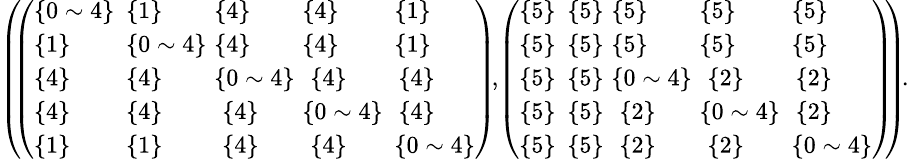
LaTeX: \begin{array}{r}{\small{\left(\! \! \left(\begin{array}{lllll}{\{ 0\sim 4\} \! }&{\! \! \{ 1\} \! \! }&{\! \! \{ 4\} \! \! }&{\! \! \{ 4\} \! \! }&{\! \{ 1\} }\\ {\{ 1\} \! }&{\! \! \{ 0\sim 4\} \! \! }&{\! \! \{ 4\} \! \! }&{\! \! \{ 4\} \! \! }&{\! \{ 1\} }\\ {\{ 4\} \! }&{\! \! \{ 4\} \! \! }&{\! \! \{ 0\sim 4\} \! \! }&{\{ 4\} }&{\{ 4\} }\\ {\{ 4\} \! }&{\! \! \{ 4\} \! \! }&{\{ 4\} }&{\! \! \{ 0\sim 4\} \! \! }&{\{ 4\} }\\ {\{ 1\} \! }&{\! \! \{ 1\} \! \! }&{\{ 4\} }&{\{ 4\} }&{\! \{ 0\sim 4\} }\end{array}\right)\! ,\! \left(\begin{array}{lllll}{\{ 5\} \! }&{\! \! \{ 5\} \! \! }&{\! \! \{ 5\} \! \! }&{\! \! \{ 5\} \! \! }&{\! \{ 5\} }\\ {\{ 5\} \! }&{\! \! \{ 5\} \! \! }&{\! \! \{ 5\} \! \! }&{\! \! \{ 5\} \! \! }&{\! \{ 5\} }\\ {\{ 5\} \! }&{\! \! \{ 5\} \! \! }&{\! \! \{ 0\sim 4\} \! \! }&{\{ 2\} }&{\{ 2\} }\\ {\{ 5\} \! }&{\! \! \{ 5\} \! \! }&{\{ 2\} }&{\! \! \{ 0\sim 4\} \! \! }&{\{ 2\} }\\ {\{ 5\} \! }&{\! \! \{ 5\} \! \! }&{\{ 2\} }&{\{ 2\} }&{\! \{ 0\sim 4\} }\end{array}\right)\! \! \right)\! .}}\end{array}